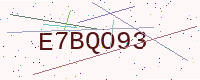
Text: E7BQO93